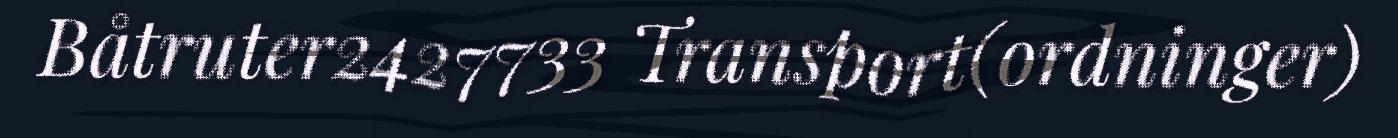
Båtruter2427733 Transport(ordninger)